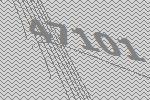
47101